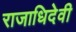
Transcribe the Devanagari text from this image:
राजाधिदेवी